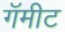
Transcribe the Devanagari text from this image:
गॅमीट